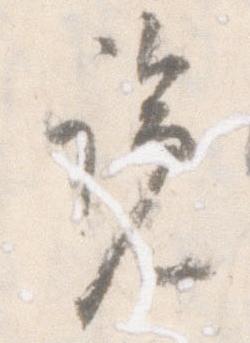
覧